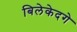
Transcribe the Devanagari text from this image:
बिलेकेदगे